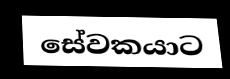
සේවකයාට